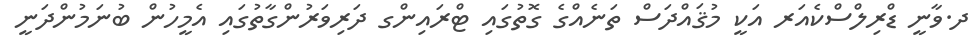
ދ.ވާނީ ޑްރިލްސްކެއަރ އަކީ މުޤައްދަސް ތަނެއްގެ ގޮތުގައި ޓްރައިންގ ދަރިވަރުންގާތުގައި އެމީހުން ބުނަމުންދަނީ